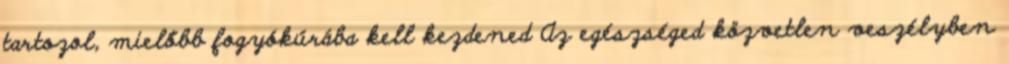
tartozol, mielőbb fogyókúrába kell kezdened Az egészséged közvetlen veszélyben